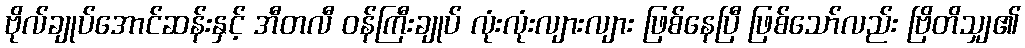
ဗိုလ်ချုပ်အောင်ဆန်းနှင့် အီတလီ ဝန်ကြီးချုပ် လုံးလုံးလျားလျား ဖြစ်နေပြီ ဖြစ်သော်လည်း ဗြိတိသျှ၏